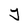
Character: J